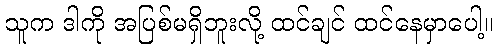
သူက ဒါကို အပြစ်မရှိဘူးလို့ ထင်ချင် ထင်နေမှာပေါ့။